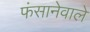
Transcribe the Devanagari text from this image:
फंसानेवाले